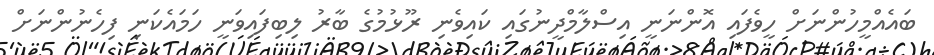
ބައެއްމީހުންނަށް ހީވެފައި އޮންނަނީ އިސްލާމްދީނުގައި ކައިވެނި ރޫޅުމުގެ ބާރު ލިބިފައިވަނީ ހަމައެކަނި ފިހެނުންނަށް